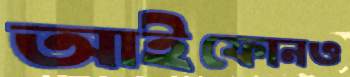
আইফোনও